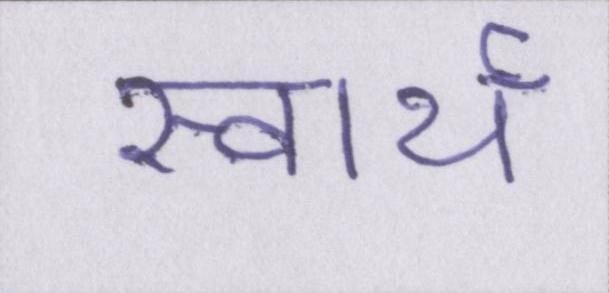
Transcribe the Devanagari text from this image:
स्वार्थ